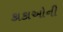
કાકાઓની